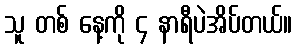
သူ တစ် နေ့ကို ၄ နာရီပဲအိပ်တယ်။